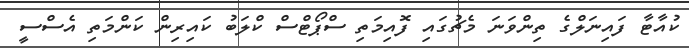
ކުއާޓާ ފައިނަލްގެ ތިންވަނަ މެޗުގައި ފޮއިމަތި ސްޕޯޓްސް ކްލަބު ކައިރިން ކަންމަތި އެސްސީ